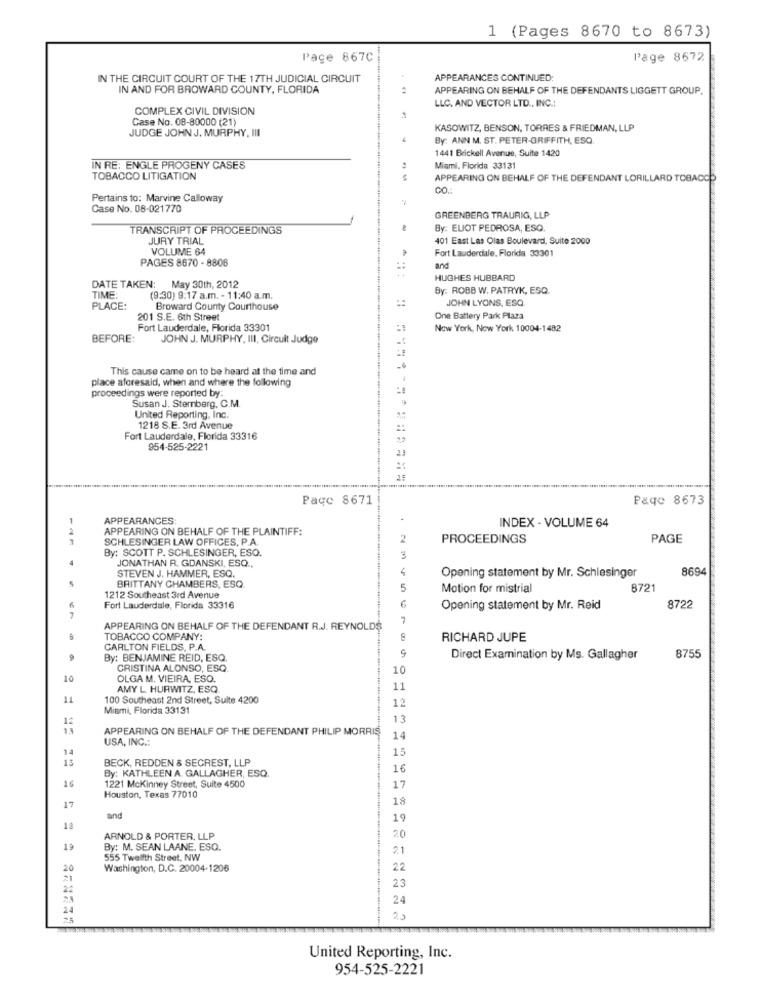
1 (Pages 8670 to 8673)
Pace 867C
Page 8672
IN THE CIRCUIT COURT OF THE 17TH JUDICIAL CIRCUIT
APPEARANCES CONTINUED:
IN AND FOR BROWARD COUNTY, FLORIDA
APPEARING ON BEHALF OF THE DEFENDANTS LIGGETT GROUP.
LLC. AND VECTOR LTD ., INC .:
COMPLEX CIVIL DIVISION
Case No. 08-80000 (21)
JUDGE JOHN J. MURPHY, III
KASOWITZ, BENSON, TORRES & FRIEDMAN, LLP
.
By: ANN M. ST. PETER-GRIFFITH, ESQ.
1441 Brickell Avenue, Suite 1420
IN RE: ENGLE PROGENY CASES
Miami, Florida 33131
TOBACCO LITIGATION
APPEARING ON BEHALF OF THE DEFENDANT LORILLARD TOBACCO
CO.
Pertains to: Marvine Calloway
Case No. 08-021770
GREENBERG TRAURIG, LLP
TRANSCRIPT OF PROCEEDINGS
By: ELIOT PEDROSA, ESQ.
JURY TRIAL
401 East Las Olas Boulevard, Suite 2000
VOLUME 64
Fort Lauderdale, Florida 33301
PAGES 8670 - 8806
and
HUGHES HUBBARD
DATE TAKEN: May 30th, 2012
By: ROBB W. PATRYK, ESQ.
TIME:
(9:30) 9:17 a.m. - 11:40 a.m.
JOHN LYONS, ESQ
PLACE:
Broward County Courthouse
201 S.E. 6th Street
One Battery Park Plaza
Fort Lauderdale, Florida 33301
Now York, New York 10004-1482
BEFORE:
JOHN J. MURPHY, III, Circuit Judge
This cause came on to be heard at the time and
place aforesaid, when and where the following
proceedings were reported by:
Susan J. Sternberg, C.M.
United Reporting, Inc.
1218 S.E. 3rd Avenue
Fort Lauderdale, Florida 33316
2.9
954-525-2221
23
Page 8671
Page 8673
APPEARANCES
APPEARING ON BEHALF OF THE PLAINTIFF:
INDEX - VOLUME 64
SCHLESINGER LAW OFFICES, P.A.
PROCEEDINGS
PAGE
By: SCOTT P. SCHLESINGER, ESO.
JONATHAN R. GDANSKI, ESQ .,
3
STEVEN J. HAMMER, ESQ.
4
8694
BRITTANY CHAMBERS, ESQ.
Opening statement by Mr. Schlesinger
5
Motion for mistrial
8721
1212 Southeast 3rd Avenue
Fort Lauderdale, Florida 33316
6
Opening statement by Mr. Reid
8722
7
APPEARING ON BEHALF OF THE DEFENDANT R.J. REYNOLDS
TOBACCO COMPANY:
RICHARD JUPE
CARLTON FIELDS, P.A
By: BENJAMINE REID, ESQ.
9
Direct Examination by Ms. Gallagher
8755
CRISTINA ALONSO, ESQ.
10
10
OLGA M. VIEIRA, ESO.
AMY L HURWITZ, ESQ
11
11
100 Southeast 2nd Street, Suite 4200
12
Miami, Florida 33131
12
13
APPEARING ON BEHALF OF THE DEFENDANT PHILIP MORRIS
USA, INC .:
14
14
15
13
BECK, REDDEN & SECREST, LLP
By: KATHLEEN A. GALLAGHER, ESQ.
16
16
1221 Mckinney Street, Suite 4500
Houston, Texas 77010
17
18
17
and
19
18
ARNOLD & PORTER, LLP
20
19
By: M. SEAN LAANE, ESO.
2.1
555 Twelfth Street, NW
20
Washington, D.C. 20004-1206
22
23
24
25
United Reporting, Inc.
954-525-2221